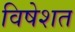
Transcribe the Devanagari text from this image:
विषेशत